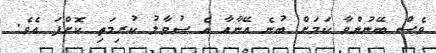
ވެސް ބޭނުންވާ ކަމަށް ބުނެ އޭނާއާ އެ ސުވާލު ކުރިމަތި ކޮށްފަ އެވެ.